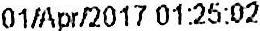
01/APR/2017 01:25:02